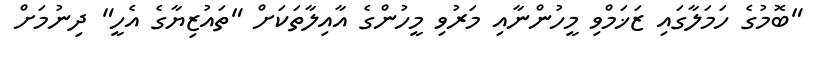
"ބޮމުގެ ހަމަލާގައި ޒަޚަމްވި މީހުންނާއި މަރުވި މީހުންގެ އާއިލާތަކަށް "ތައުޒިޔާގެ އެހީ" ދިނުމަށް